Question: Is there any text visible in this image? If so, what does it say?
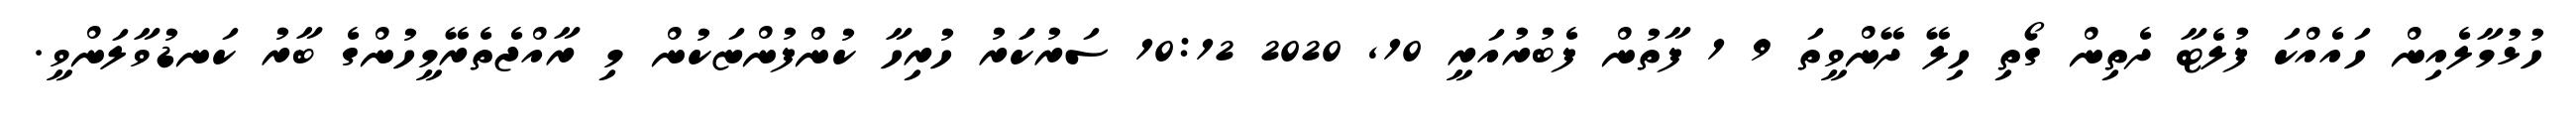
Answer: ހުޅުމާލެއިން ހައެއްކަ ފުލެޓާ ދެތިން ގޯތި ހިލޭ ދޭންވީތަ 9 1 ފާތުން ފެބުރުއަރީ 10, 2020 10:12 ސަރުކަަރު ހުރިހާ ކުންފުންޏަކުން މި ރާއްޖެތެރޭމީހުންގެ ބާރު ކަނޑުވާލަންވީ.